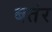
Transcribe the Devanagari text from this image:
बतंर